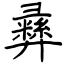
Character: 彞